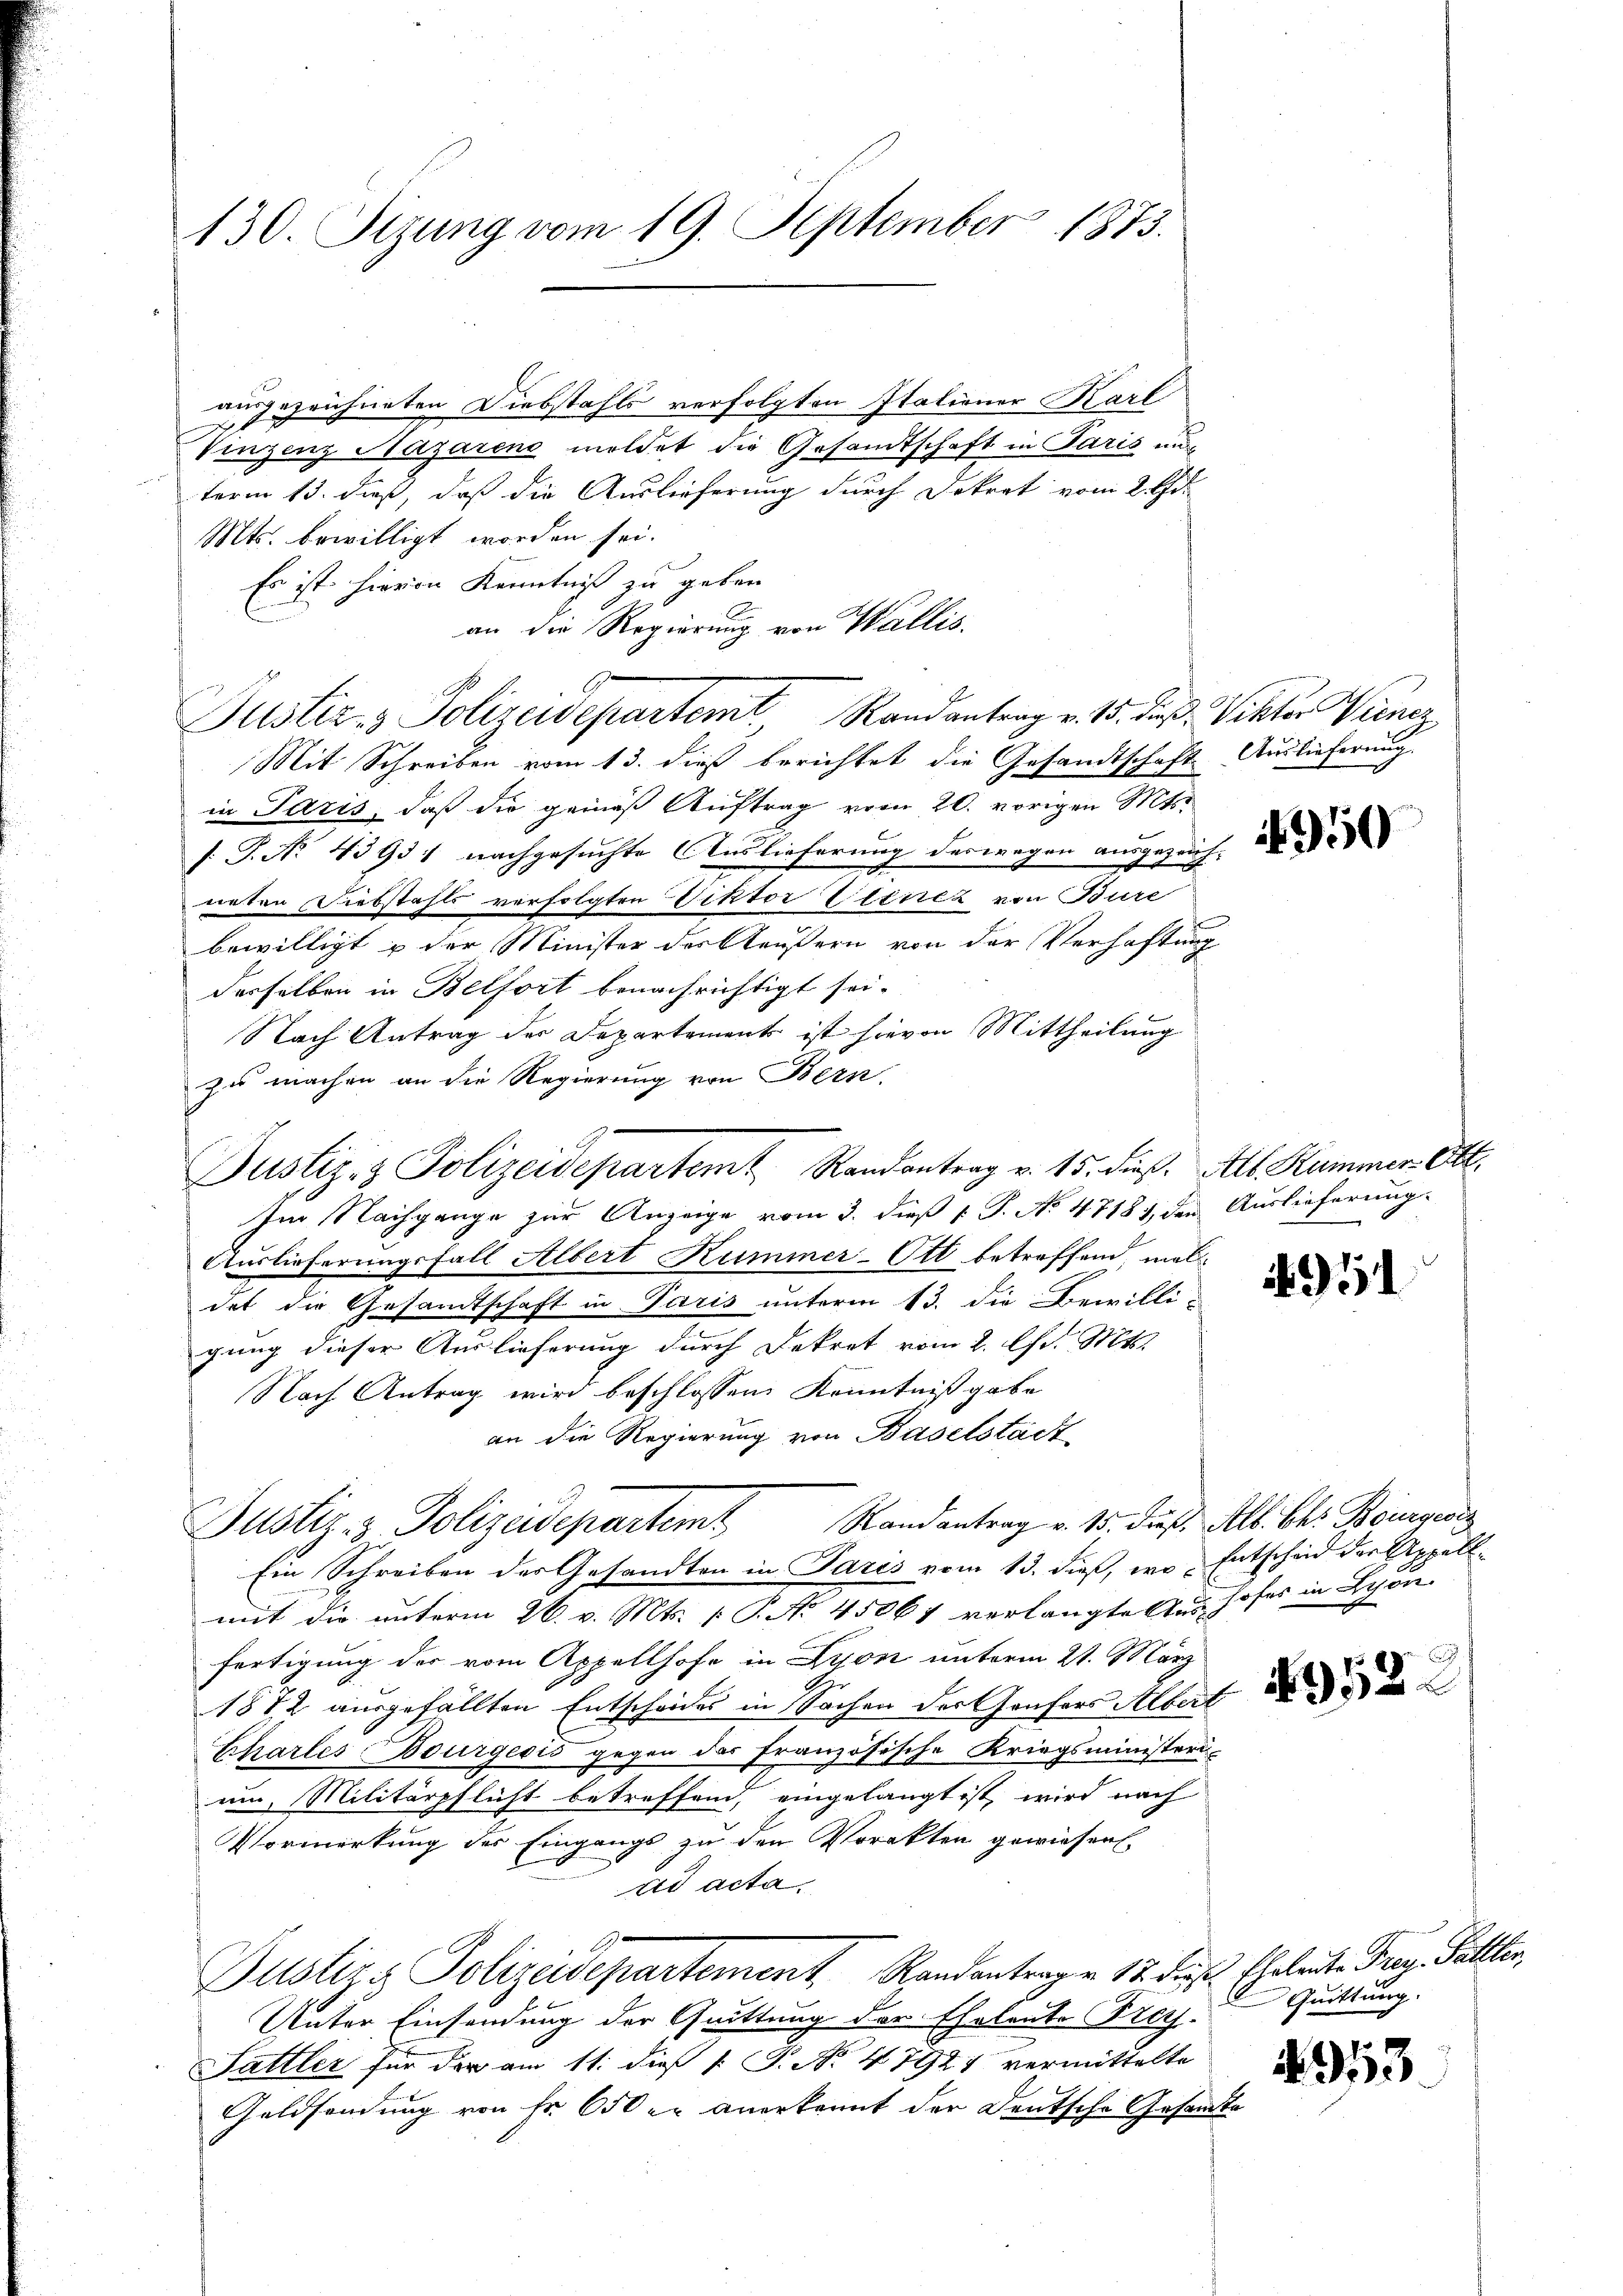
130. Sizung vom 19. September 1873.

ausgezeichneten Diebstahls verfolgten Italioner Karl
Vinzenz Nazarens meldet die Gesandtschaft in Paris und
term 13. dieß, daß die Auslieferung durch Dekret vom 2. Apr
Mts. bewilligt worden sei.
Es ist hievon Kenntniß zu geben
an die Regierung von Wallis.
Mit Schreiben vom 13. dieß berichtet die Gesandtschaft Auslieferung
in Paris, daß die gemäß Auftrag vom 20. vorigen Mts.
[S. No 43931 nachgesuchte Auslieferung deswegen ausgezeich-
neten Diebstahls verfolgten Diktor Eltirez von Bure
bewilligt & der Minister des Aeußern von der Verhaftung
derselben in Belfort benachrichtigt sei.
Nach Antrag der Departements ist hievon Mittheilung
zu machen an die Regierung von Bern.
Im Nachgange zur Anzeige vom 3. dieß P. P. No 4718), den Auslieferung.
Auslieferungsfall Albert Kummer-Ott betreffend, mal
det die Gesamtschaft in Paris unterm 13. die Bewilli-
gung dieser Auslieferung durch Dekret vom 2. Chr. Mts.
Nach Antrag wird beschlossen Kenntniß gabe
an die Regierung von Baselstadt
Randantrag v. 15. dieß, Alb. Chr. Bourgeois
Justiz & Polizeidepartemt
Ein Schreiben der Gesandten in Paris vom 13. dieß, wo Entscheid der Appellmit die unterm 26. v. Mts. [ P. No. 45067 verlangtektes Hofes in Schön
fertigung der vom Appellhofe in Lyon unterm 21. März
1872 ausgefällten Entscheides in Sachen der Genfors Albert
Charles Bourgesis gegen das französische Kriegsministeriein, Militärpflicht betreffend, eingelangt ist, wird nach
Vormerkung der Eingangs zu den Vorakten gewiesen
ad acta
Justiz & Polizeidepartement Randantrag v. 12. das Eheleute Frey. Sattler,
Unter Einsendung der Quittung der Eheleute Frey.
Sattler für der am 11. dieß P. P. No 47921 vermittelte
Geldsendung von Fr. 650 er anerkannt der Deutsche Gesandte

Justiz- & Polizeidepartemt, Randantrag v. 15. dieß, Viktor Vincz

Justiz- & Polizeidepartem Randantrag v. 15. dieß. Alb. Kummer Ott.

4950

4951

952.

4953.

Quittung.